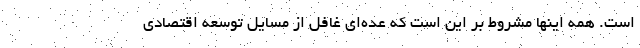
است. همه اینها مشروط بر این است که عده‌ای غافل از مسایل توسعه اقتصادی